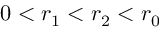
0 < r _ { 1 } < r _ { 2 } < r _ { 0 }